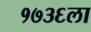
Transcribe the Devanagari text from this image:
१७३६ला